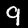
Digit: 9